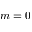
m = 0